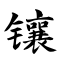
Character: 镶